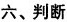
六、判断